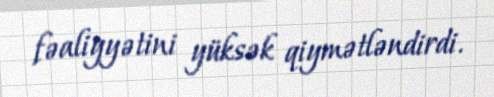
fəaliyyətini yüksək qiymətləndirdi.